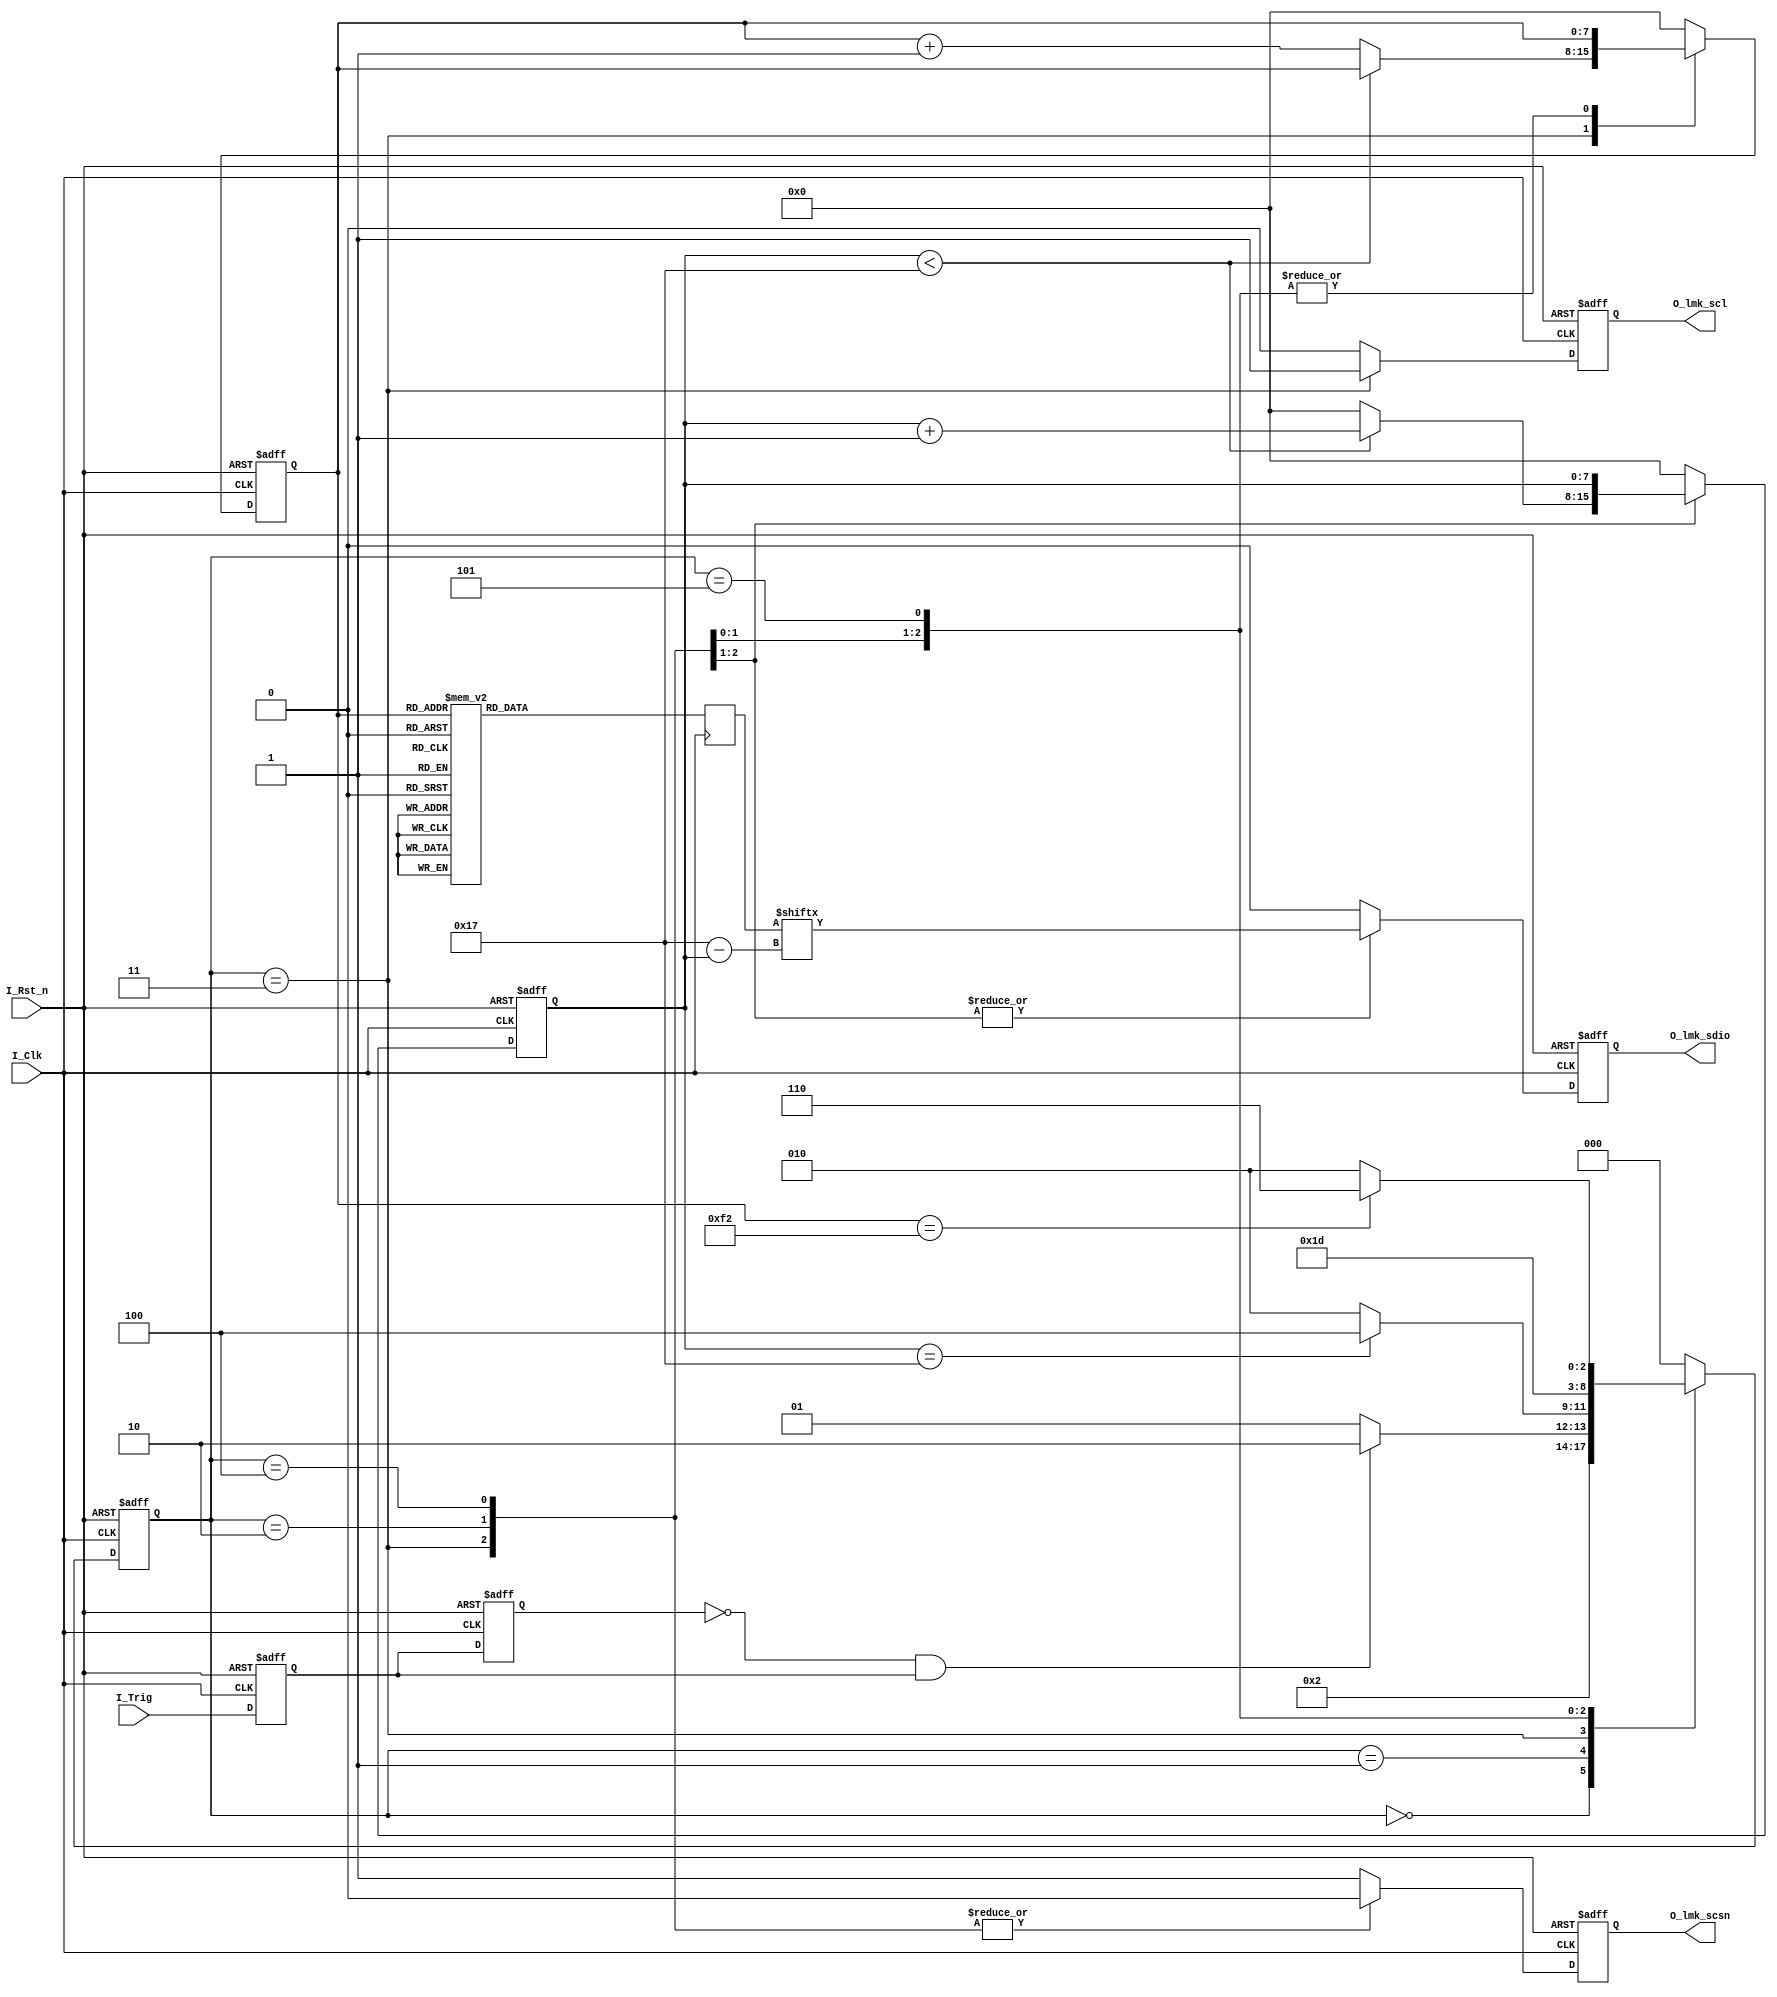
module LMK04610_CFG1(
    input I_Clk	,
	input I_Rst_n	,
	input I_Trig	,
	
	output O_lmk_scsn,
	output O_lmk_scl,
	output O_lmk_sdio
	
);

reg O_lmk_scsn	;
reg O_lmk_scl		;
reg O_lmk_sdio		;


localparam [2:0] ST_IDLE = 3'd0;
localparam [2:0] ST_WAIT = 3'd1;
localparam [2:0] ST_TXDATA1 = 3'd2;
localparam [2:0] ST_TXDATA2 = 3'd3;
localparam [2:0] ST_TXBITDONE1 = 3'd4;
localparam [2:0] ST_TXBITDONE2 = 3'd5;
localparam [2:0] ST_DONE = 3'd6;

reg [2:0] R_State;
reg [2:0] R_NextState;
reg [7:0] R_Cnt_Reg;
reg [7:0] R_Cnt_Bit;
reg R_Trig;
reg R1_Trig;
reg[23:0] R_PLL_Data;

wire[7:0]	W_Cnt_Reg	;


wire W_trig;
wire W_Reg;

wire[23:0]	W_PLL_Data	;

assign W_Cnt_Reg = W_Reg?8'd242:1'b1	;
assign W_Reg = 1'b1;
assign W_PLL_Data = 24'h000000;

always @ (posedge I_Clk or negedge I_Rst_n) 
begin
    if(!I_Rst_n)
    begin
        R_State <= ST_IDLE;
		R_Trig	<= 1'b0;
		R1_Trig	<= 1'b0;
	end	
    else
    begin
        R_State <= R_NextState;
		R_Trig	<= I_Trig;
		R1_Trig <= R_Trig ;
	end	
end


assign W_trig = ~R1_Trig & R_Trig ;

always @ (*) 
begin
    case(R_State)
        ST_IDLE:
		begin
            R_NextState = ST_WAIT;
        end
        ST_WAIT:  
		begin
			if(W_trig)
			begin
				R_NextState = ST_TXDATA1;
			end
			else
			begin
				R_NextState = ST_WAIT;
			end
        end
        ST_TXDATA2:  
		begin
            if(R_Cnt_Bit == 8'd23)
		    begin
			    R_NextState = ST_TXBITDONE1;
			end
			else
			begin
				R_NextState = ST_TXDATA1;
			end
        end
		ST_TXDATA1:
		begin
            R_NextState = ST_TXDATA2;
        end
        ST_TXBITDONE1:
                begin
                    R_NextState = ST_TXBITDONE2;
                end
        ST_TXBITDONE2:      
        begin
             if(R_Cnt_Reg == W_Cnt_Reg)
             R_NextState = ST_DONE;
             else
             R_NextState = ST_TXDATA1;
        end
		ST_DONE:
		begin
            R_NextState = ST_IDLE;
        end
        default : R_NextState = ST_IDLE;
   endcase
end


always @ (posedge I_Clk or negedge I_Rst_n) 
begin
	if(!I_Rst_n)
	begin
		O_lmk_scl	<=	1'b0	;
		O_lmk_sdio<=	1'b0	;
		O_lmk_scsn	<=	1'b1	;
		R_Cnt_Bit	<=	8'd0	;
		R_Cnt_Reg	<=	8'd0	;
	end
	else
	begin
		case(R_State)
			ST_IDLE:
			begin
				O_lmk_scl	<=	1'b0	;
				O_lmk_sdio<=	1'b0	;
				O_lmk_scsn	<=	1'b1	;
				R_Cnt_Bit	<=	8'd0	;
				R_Cnt_Reg	<=	8'd0	;
			end
			ST_WAIT:
			begin
				O_lmk_scl	<=	1'b0	;
				O_lmk_sdio<=	1'b0	;
				O_lmk_scsn	<=	1'b1	;
				R_Cnt_Bit	<=	8'd0	;
				R_Cnt_Reg	<=	8'd0	;
			end
			ST_TXDATA2:
			begin
				if(R_Cnt_Bit < 8'd23)
				begin
					R_Cnt_Bit <= R_Cnt_Bit + 1'd1 ;
					R_Cnt_Reg <= R_Cnt_Reg ;
					O_lmk_scsn	<= 1'b0	;
					O_lmk_scl <= 1'b1 ;
					O_lmk_sdio <= R_PLL_Data[5'd23-R_Cnt_Bit];
				end
				else
				begin
					R_Cnt_Bit <= 1'd0;
					R_Cnt_Reg <= R_Cnt_Reg + 1'd1 ;
					O_lmk_scsn	<= 1'b0	;
					O_lmk_scl <= 1'b1 ;
					O_lmk_sdio <= R_PLL_Data[5'd23-R_Cnt_Bit];
				end	
			end
			ST_TXDATA1:
			begin
				O_lmk_scsn	<= 1'b0	;
				O_lmk_scl <= 1'b0 ;
				O_lmk_sdio <= R_PLL_Data[5'd23-R_Cnt_Bit];
			end
			ST_TXBITDONE1:
            begin
                O_lmk_scsn    <= 1'b0    ;
                O_lmk_scl <= 1'b0 ;
                O_lmk_sdio <= 1'b0;
                R_Cnt_Bit <= 1'd0;
            end
			ST_TXBITDONE2:
            begin
                 O_lmk_scsn    <= 1'b1    ;
                 O_lmk_scl <= 1'b0 ;
                 O_lmk_sdio <= 1'b0;
                 R_Cnt_Bit <= 1'd0;
            end
			ST_DONE:
			begin
				O_lmk_scsn	<= 1'b1	;
				O_lmk_scl <= 1'b0 ;
				O_lmk_sdio <= 1'b0;
				R_Cnt_Bit	<=	8'd0	;
				R_Cnt_Reg	<=	8'd0	;
			end
			default : 
			begin
				O_lmk_scsn	<= 1'b1	;
				O_lmk_scl <= 1'b0 ;
				O_lmk_sdio <= 1'b0;
				R_Cnt_Bit	<=	8'd0	;
				R_Cnt_Reg	<=	8'd0	;
			end	
		endcase
	end			
end			
			
always @ (posedge I_Clk)
begin  
	case (R_Cnt_Reg)
	8'd0:   R_PLL_Data <= W_PLL_Data;
	8'd1:	R_PLL_Data <= 24'h000000;
	8'd2:	R_PLL_Data <= 24'h000100;
	8'd3:	R_PLL_Data <= 24'h000200;
	8'd4:	R_PLL_Data <= 24'h000346;
	8'd5:	R_PLL_Data <= 24'h000438;
	8'd6:	R_PLL_Data <= 24'h000503;
	8'd7:	R_PLL_Data <= 24'h000611;
	8'd8:	R_PLL_Data <= 24'h000700;
	8'd9:	R_PLL_Data <= 24'h000800;
	8'd10:  R_PLL_Data <= 24'h000900;
	8'd11:  R_PLL_Data <= 24'h000A00;
	8'd12:  R_PLL_Data <= 24'h000B00;
	8'd13:  R_PLL_Data <= 24'h000C51;
	8'd14:  R_PLL_Data <= 24'h000D08;
	8'd15:  R_PLL_Data <= 24'h000E00;
	8'd16:  R_PLL_Data <= 24'h000F00;
	8'd17:  R_PLL_Data <= 24'h00101F;
	//8'd18:  R_PLL_Data <= 24'h001101;
	8'd19:  R_PLL_Data <= 24'h001204;
	8'd20:  R_PLL_Data <= 24'h001310;
	8'd21:  R_PLL_Data <= 24'h001480;
	8'd22:  R_PLL_Data <= 24'h001508;
	8'd23:  R_PLL_Data <= 24'h001650;
	8'd24:  R_PLL_Data <= 24'h001700;
	8'd25:  R_PLL_Data <= 24'h001800;
	//local
	8'd26:  R_PLL_Data <= 24'h001939;
	8'd27:  R_PLL_Data <= 24'h001A2A;
	//external
	//8'd26:  R_PLL_Data <= 24'h001929;
	//8'd27:  R_PLL_Data <= 24'h001A3A;

	8'd28:  R_PLL_Data <= 24'h001F00;
	8'd29:  R_PLL_Data <= 24'h002001;
	8'd30:  R_PLL_Data <= 24'h002100;
	8'd31:  R_PLL_Data <= 24'h002201;
	8'd32:  R_PLL_Data <= 24'h002714;
	8'd33:  R_PLL_Data <= 24'h002808;
	8'd34:  R_PLL_Data <= 24'h002914;
	8'd35:  R_PLL_Data <= 24'h002A08;
	8'd36:  R_PLL_Data <= 24'h002B00;
	//local
	8'd37:  R_PLL_Data <= 24'h002C40;
	//external
	//8'd37:  R_PLL_Data <= 24'h002C80;

	8'd38:  R_PLL_Data <= 24'h002D00;
	8'd39:  R_PLL_Data <= 24'h002E16;
	8'd40:  R_PLL_Data <= 24'h002F01;
	8'd41:  R_PLL_Data <= 24'h003001;
	8'd42:  R_PLL_Data <= 24'h00310C;
	8'd43:  R_PLL_Data <= 24'h003200;
	8'd44:  R_PLL_Data <= 24'h003300;
	8'd45:  R_PLL_Data <= 24'h003403;
	8'd46:  R_PLL_Data <= 24'h003500;
	8'd47:  R_PLL_Data <= 24'h003603;
	8'd48:  R_PLL_Data <= 24'h003700;
	8'd49:  R_PLL_Data <= 24'h003863;
	8'd50:  R_PLL_Data <= 24'h003900;
	8'd51:  R_PLL_Data <= 24'h003A03;
	8'd52:  R_PLL_Data <= 24'h003B00;
	8'd53:  R_PLL_Data <= 24'h003C03;
	8'd54:  R_PLL_Data <= 24'h003D18;
	8'd55:  R_PLL_Data <= 24'h003E03;
	8'd56:  R_PLL_Data <= 24'h003F00;
	8'd57:  R_PLL_Data <= 24'h004003;
	8'd58:  R_PLL_Data <= 24'h004118;
	8'd59:  R_PLL_Data <= 24'h004203;
	8'd60:  R_PLL_Data <= 24'h004300;
	8'd61:  R_PLL_Data <= 24'h004401;
	8'd62:  R_PLL_Data <= 24'h004500;
	8'd63:  R_PLL_Data <= 24'h004601;
	8'd64:  R_PLL_Data <= 24'h004700;
	8'd65:  R_PLL_Data <= 24'h00480A;
	8'd66:  R_PLL_Data <= 24'h004900;
	8'd67:  R_PLL_Data <= 24'h004A01;
	8'd68:  R_PLL_Data <= 24'h004B00;
	8'd69:  R_PLL_Data <= 24'h004C01;//
	8'd70:  R_PLL_Data <= 24'h004D00;
	8'd71:  R_PLL_Data <= 24'h004E14;
	8'd72:  R_PLL_Data <= 24'h004F00;
	8'd73:  R_PLL_Data <= 24'h005001;
	8'd74:  R_PLL_Data <= 24'h005100;
	8'd75:  R_PLL_Data <= 24'h005214;//50M
	8'd76:  R_PLL_Data <= 24'h005300;
	8'd77:  R_PLL_Data <= 24'h005410;
	8'd78:  R_PLL_Data <= 24'h005500;
	8'd79:  R_PLL_Data <= 24'h00560F;
	8'd80:  R_PLL_Data <= 24'h005710;//
	8'd81:  R_PLL_Data <= 24'h00583F;
	8'd82:  R_PLL_Data <= 24'h005961;
	8'd83:  R_PLL_Data <= 24'h005A0A;
	8'd84:  R_PLL_Data <= 24'h005B02;
	8'd85:  R_PLL_Data <= 24'h005CCA;
	8'd86:  R_PLL_Data <= 24'h005D00;
	8'd87:  R_PLL_Data <= 24'h005E00;
	8'd88:  R_PLL_Data <= 24'h005F61;
	8'd89:  R_PLL_Data <= 24'h0060A8;
	8'd90:  R_PLL_Data <= 24'h006100;
	8'd91:  R_PLL_Data <= 24'h00620C;
	8'd92:  R_PLL_Data <= 24'h006300;
	8'd93:  R_PLL_Data <= 24'h006440;
	8'd94:  R_PLL_Data <= 24'h006500;
	8'd95:  R_PLL_Data <= 24'h006600;
	8'd96:  R_PLL_Data <= 24'h006700;
	8'd97:  R_PLL_Data <= 24'h006800;
	8'd98:  R_PLL_Data <= 24'h006900;
	8'd99:  R_PLL_Data <= 24'h006A09;
	8'd100:  R_PLL_Data <= 24'h006B01;
	8'd101:  R_PLL_Data <= 24'h006C00;
	8'd102:  R_PLL_Data <= 24'h006D88;
	8'd103:  R_PLL_Data <= 24'h006E1B;
	8'd104:  R_PLL_Data <= 24'h006F00;
	8'd105:  R_PLL_Data <= 24'h007000;
	8'd106:  R_PLL_Data <= 24'h007100;
	8'd107:  R_PLL_Data <= 24'h00720C;
	8'd108:  R_PLL_Data <= 24'h007300;
	8'd109:  R_PLL_Data <= 24'h00740A;
	8'd110:  R_PLL_Data <= 24'h007500;
	8'd111:  R_PLL_Data <= 24'h007601;
	8'd112:  R_PLL_Data <= 24'h007701;
	8'd113:  R_PLL_Data <= 24'h0078FF;
	8'd114:  R_PLL_Data <= 24'h007900;
	8'd115:  R_PLL_Data <= 24'h007A86;
	8'd116:  R_PLL_Data <= 24'h007BA0;
	8'd117:  R_PLL_Data <= 24'h007C08;
	8'd118:  R_PLL_Data <= 24'h007D00;
	8'd119:  R_PLL_Data <= 24'h007E00;
	8'd120:  R_PLL_Data <= 24'h007F34;
	8'd121:  R_PLL_Data <= 24'h00800A;
	8'd122:  R_PLL_Data <= 24'h008100;
	8'd123:  R_PLL_Data <= 24'h008200;
	8'd124:  R_PLL_Data <= 24'h008300;
	8'd125:  R_PLL_Data <= 24'h00840F;
	8'd126:  R_PLL_Data <= 24'h008501;
	8'd127:  R_PLL_Data <= 24'h008601;
	8'd128:  R_PLL_Data <= 24'h008700;
	8'd129:  R_PLL_Data <= 24'h008840;
	8'd130:  R_PLL_Data <= 24'h008900;
	8'd131:  R_PLL_Data <= 24'h008A00;
	8'd132:  R_PLL_Data <= 24'h008B40;
	8'd133:  R_PLL_Data <= 24'h008C00;
	8'd134:  R_PLL_Data <= 24'h008D00;
	8'd135:  R_PLL_Data <= 24'h008E00;
	8'd136:  R_PLL_Data <= 24'h008F40;
	8'd137:  R_PLL_Data <= 24'h009000;
	8'd138:  R_PLL_Data <= 24'h009100;
	8'd139:  R_PLL_Data <= 24'h009280;
	8'd140:  R_PLL_Data <= 24'h009380;
	8'd141:  R_PLL_Data <= 24'h009402;
	8'd142:  R_PLL_Data <= 24'h009501;
	8'd143:  R_PLL_Data <= 24'h009610;
	8'd144:  R_PLL_Data <= 24'h009720;
	8'd145:  R_PLL_Data <= 24'h009820;
	8'd146:  R_PLL_Data <= 24'h009980;
	8'd147:  R_PLL_Data <= 24'h009B00;
	8'd148:  R_PLL_Data <= 24'h009C20;
	8'd149:  R_PLL_Data <= 24'h00AB00;
	8'd150:  R_PLL_Data <= 24'h00AC00;
	8'd151:  R_PLL_Data <= 24'h00AD00;
	8'd152:  R_PLL_Data <= 24'h00AF00;
	8'd153:  R_PLL_Data <= 24'h00B001;
	8'd154:  R_PLL_Data <= 24'h00BE03;
	8'd155:  R_PLL_Data <= 24'h00F600;
	8'd156:  R_PLL_Data <= 24'h00F700;
	8'd157:  R_PLL_Data <= 24'h00F907;
	8'd158:  R_PLL_Data <= 24'h00FAD7;
	8'd159:  R_PLL_Data <= 24'h00FC00;
	8'd160:  R_PLL_Data <= 24'h00FD00;
	8'd161:  R_PLL_Data <= 24'h00FE00;
	8'd162:  R_PLL_Data <= 24'h00FF00;
	8'd163:  R_PLL_Data <= 24'h010000;
	8'd164:  R_PLL_Data <= 24'h010100;
	8'd165:  R_PLL_Data <= 24'h010200;
	8'd166:  R_PLL_Data <= 24'h010300;
	8'd167:  R_PLL_Data <= 24'h010400;
	8'd168:  R_PLL_Data <= 24'h010500;
	8'd169:  R_PLL_Data <= 24'h010600;
	8'd170:  R_PLL_Data <= 24'h010700;
	8'd171:  R_PLL_Data <= 24'h010800;
	8'd172:  R_PLL_Data <= 24'h010900;
	8'd173:  R_PLL_Data <= 24'h010A00;
	8'd174:  R_PLL_Data <= 24'h010B00;
	8'd175:  R_PLL_Data <= 24'h010D00;
	8'd176:  R_PLL_Data <= 24'h010E00;
	8'd177:  R_PLL_Data <= 24'h011000;
	8'd178:  R_PLL_Data <= 24'h011100;
	8'd179:  R_PLL_Data <= 24'h011200;
	8'd180:  R_PLL_Data <= 24'h011500;
	8'd181:  R_PLL_Data <= 24'h011600;
	8'd182:  R_PLL_Data <= 24'h011700;
	8'd183:  R_PLL_Data <= 24'h011900;
	8'd184:  R_PLL_Data <= 24'h011A00;
	8'd185:  R_PLL_Data <= 24'h012408;
	8'd186:  R_PLL_Data <= 24'h012700;
	8'd187:  R_PLL_Data <= 24'h012800;
	8'd188:  R_PLL_Data <= 24'h012900;
	8'd189:  R_PLL_Data <= 24'h012A00;
	8'd190:  R_PLL_Data <= 24'h012B00;
	8'd191:  R_PLL_Data <= 24'h012C04;
	8'd192:  R_PLL_Data <= 24'h012D04;
	8'd193:  R_PLL_Data <= 24'h012E00;
	8'd194:  R_PLL_Data <= 24'h013005;
	8'd195:  R_PLL_Data <= 24'h013105;
	8'd196:  R_PLL_Data <= 24'h013305;
	8'd197:  R_PLL_Data <= 24'h013405;
	8'd198:  R_PLL_Data <= 24'h013505;
	8'd199:  R_PLL_Data <= 24'h013805;
	8'd200:  R_PLL_Data <= 24'h013905;
	8'd201:  R_PLL_Data <= 24'h013A05;
	8'd202:  R_PLL_Data <= 24'h013C05;
	8'd203:  R_PLL_Data <= 24'h013D05;
	8'd204:  R_PLL_Data <= 24'h01400A;
	8'd205:  R_PLL_Data <= 24'h014109;
	8'd206:  R_PLL_Data <= 24'h014240;
	8'd207:  R_PLL_Data <= 24'h014300;
	8'd208:  R_PLL_Data <= 24'h014500;
	8'd209:  R_PLL_Data <= 24'h01463C;
	8'd210:  R_PLL_Data <= 24'h014900;
	8'd211:  R_PLL_Data <= 24'h014A00;
	8'd212:  R_PLL_Data <= 24'h014B00;
	8'd213:  R_PLL_Data <= 24'h014C00;
	8'd214:  R_PLL_Data <= 24'h014E00;
	8'd215:  R_PLL_Data <= 24'h015000;
	8'd216:  R_PLL_Data <= 24'h015114;
	8'd217:  R_PLL_Data <= 24'h01520F;
	8'd218:  R_PLL_Data <= 24'h015300;
	8'd219:  R_PLL_Data <= 24'h001101;
	8'd220:  R_PLL_Data <= 24'h00_AD_30;
	8'd221:  R_PLL_Data <= 24'h00_00_00;
	8'd241:  R_PLL_Data <= 24'h00_AD_00;
	
	default : R_PLL_Data <= 24'h00_00_00;
//	
//	

	// 8'd32:  R_PLL_Data <= 24'h00_2c_80;
	// 8'd38:  R_PLL_Data <= 24'h00_76_01;
	// 8'd39:  R_PLL_Data <= 24'h00_77_01;
	// 8'd40:  R_PLL_Data <= 24'h00_80_0a;
	// 8'd41:  R_PLL_Data <= 24'h00_9c_20;
	// 8'd42:  R_PLL_Data <= 24'h00_be_03;
	// 8'd43:  R_PLL_Data <= 24'h01_24_08;
	// 8'd44:  R_PLL_Data <= 24'h01_27_40;
	// 8'd45:  R_PLL_Data <= 24'h01_28_01;
	// 8'd46:  R_PLL_Data <= 24'h01_29_05;
	// 8'd47:  R_PLL_Data <= 24'h01_2a_01;
	// 8'd48:  R_PLL_Data <= 24'h01_2b_04;
	// 8'd49:  R_PLL_Data <= 24'h01_2c_05;
	// 8'd50:  R_PLL_Data <= 24'h01_2d_04;	
	// 8'd51:  R_PLL_Data <= 24'h01_2e_01;
	// 8'd52:  R_PLL_Data <= 24'h01_51_14;		
	// 8'd53:  R_PLL_Data <= 24'h00_11_01;

//    8'd26:  R_PLL_Data <= 32'h11_11_11_11;
//    8'd27:  R_PLL_Data <= 32'h11_11_11_11;
//    8'd28:  R_PLL_Data <= 32'h11_11_11_11;
//    8'd29:  R_PLL_Data <= 32'h11_11_11_11;
//    8'd30:  R_PLL_Data <= 32'h11_11_11_11;
//    8'd31:  R_PLL_Data <= 32'h11_11_11_11;
//    8'd32:  R_PLL_Data <= 32'h11_11_11_11;
	endcase
end


/*vio_reg_state vio_pll (
  .clk(I_Clk),                // input wire clk
  .probe_out0(W_Reg),  // output wire [0 : 0] probe_out0
  .probe_out1(W_PLL_Data)
);*/



endmodule